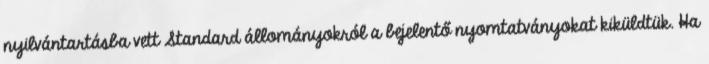
nyilvántartásba vett Standard állományokról a bejelentő nyomtatványokat kiküldtük. Ha